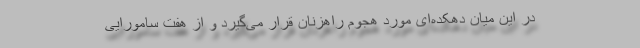
در این میان دهکده‌ای مورد هجوم راهزنان قرار می‌گیرد و از هفت سامورایی